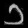
Digit: ၁